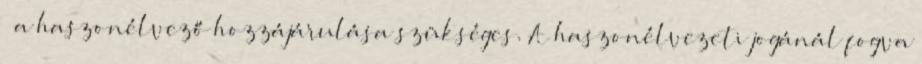
– a haszonélvező hozzájárulása szükséges. A haszonélvezeti jogánál fogva